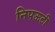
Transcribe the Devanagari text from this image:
निपऊटी